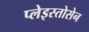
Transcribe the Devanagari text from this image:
प्लेइस्तोसेन